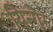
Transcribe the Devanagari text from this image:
यिन्गेर